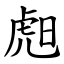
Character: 䖑